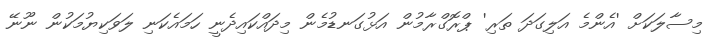
މިސާލަކަށް 'އެންމެ އަލިގަދަ ތަރި' ޕްރޮގްރާމުން އަޅުގަނޑުމެން މިދައްކައިދެނީ ހަމައެކަނި ލަވަކިޔުމަކުން ނޫނޭ